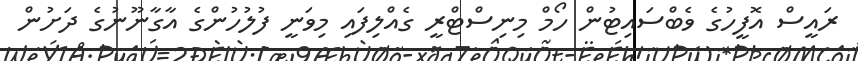
ރައީސް އޮފީހުގެ ވެބްސައިޓުން ހޯމް މިނިސްޓްރީ ގެއްލިފައި މިވަނީ ފުލުހުންގެ އާގާނޫނުގެ ދަށުން